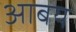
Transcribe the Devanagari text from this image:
आबय